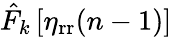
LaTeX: \hat{F}_{k}\left[\eta_{\mathrm{rr}}(n-1)\right]